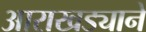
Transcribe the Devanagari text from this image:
आराखड्याने